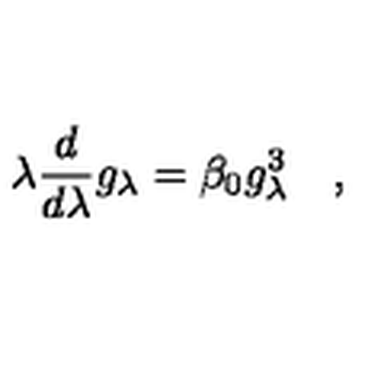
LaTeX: \lambda { \frac { d } { d \lambda } } g _ { \lambda } = \beta _ { 0 } g _ { \lambda } ^ { 3 } \quad ,